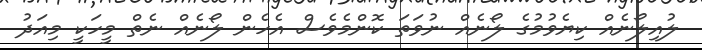
ލުއިލޯނެއް ކިޔެވުމުގެ ލޯނެއް ނުވަތަ ކޮންމެވެސް އެހެން ލޯނެއް ނެތް މީހަކީ މިއަދު